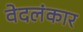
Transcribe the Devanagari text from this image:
वेदलंकार